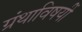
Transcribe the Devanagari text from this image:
ग्रंथाविषयीं